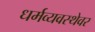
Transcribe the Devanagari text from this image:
धर्मव्यवस्थेवर